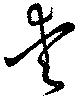
愛